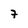
Character: 7